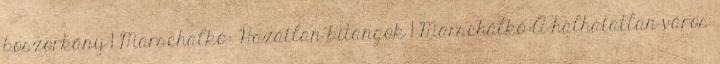
boszorkány 1 Marschalkó: Hazátlan bitangok 1 Marschalkó:A halhatatlan város